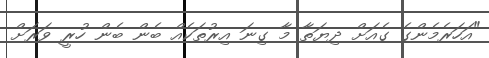
"އަހަރެމެންގެ ގެއަށް ދިޔަތާ މާ ގިނަ އިރުތަކެއް ބެން ބެން ހުރީ ވަރަށް